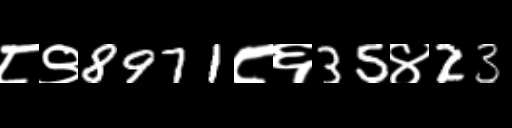
Text: ८९8971८६35४23